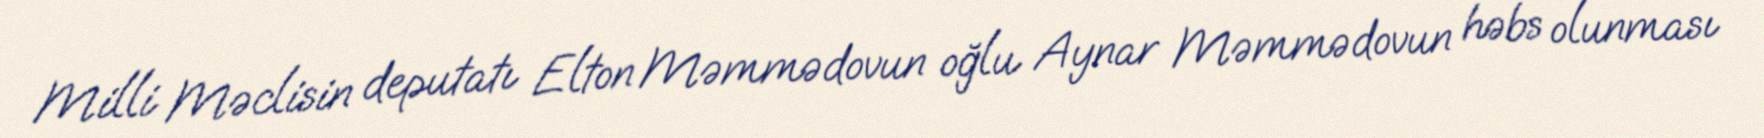
Milli Məclisin deputatı Elton Məmmədovun oğlu Aynar Məmmədovun həbs olunması